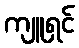
ကျူရှင်